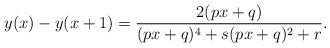
LaTeX: \begin{align*}y(x)-y(x+1)=\frac{2(p x + q)}{(p x + q)^4 + s (p x + q)^2 + r}.\end{align*}